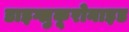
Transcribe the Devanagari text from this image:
डाइग्लुकूरोनाइड